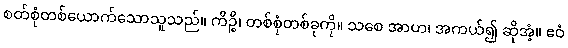
စတ်စုံတစ်ယောက်သောသူသည်။ ကိဉ္စိ၊ တစ်စုံတစ်ခုကို။ သစေ အာဟ၊ အကယ်၍ ဆိုအံ့။ ဧဝံ